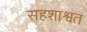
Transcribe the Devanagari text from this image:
सहशाश्वत